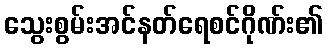
သွေးစွမ်းအင်နတ်ရေစင်ဂိုဏ်း၏